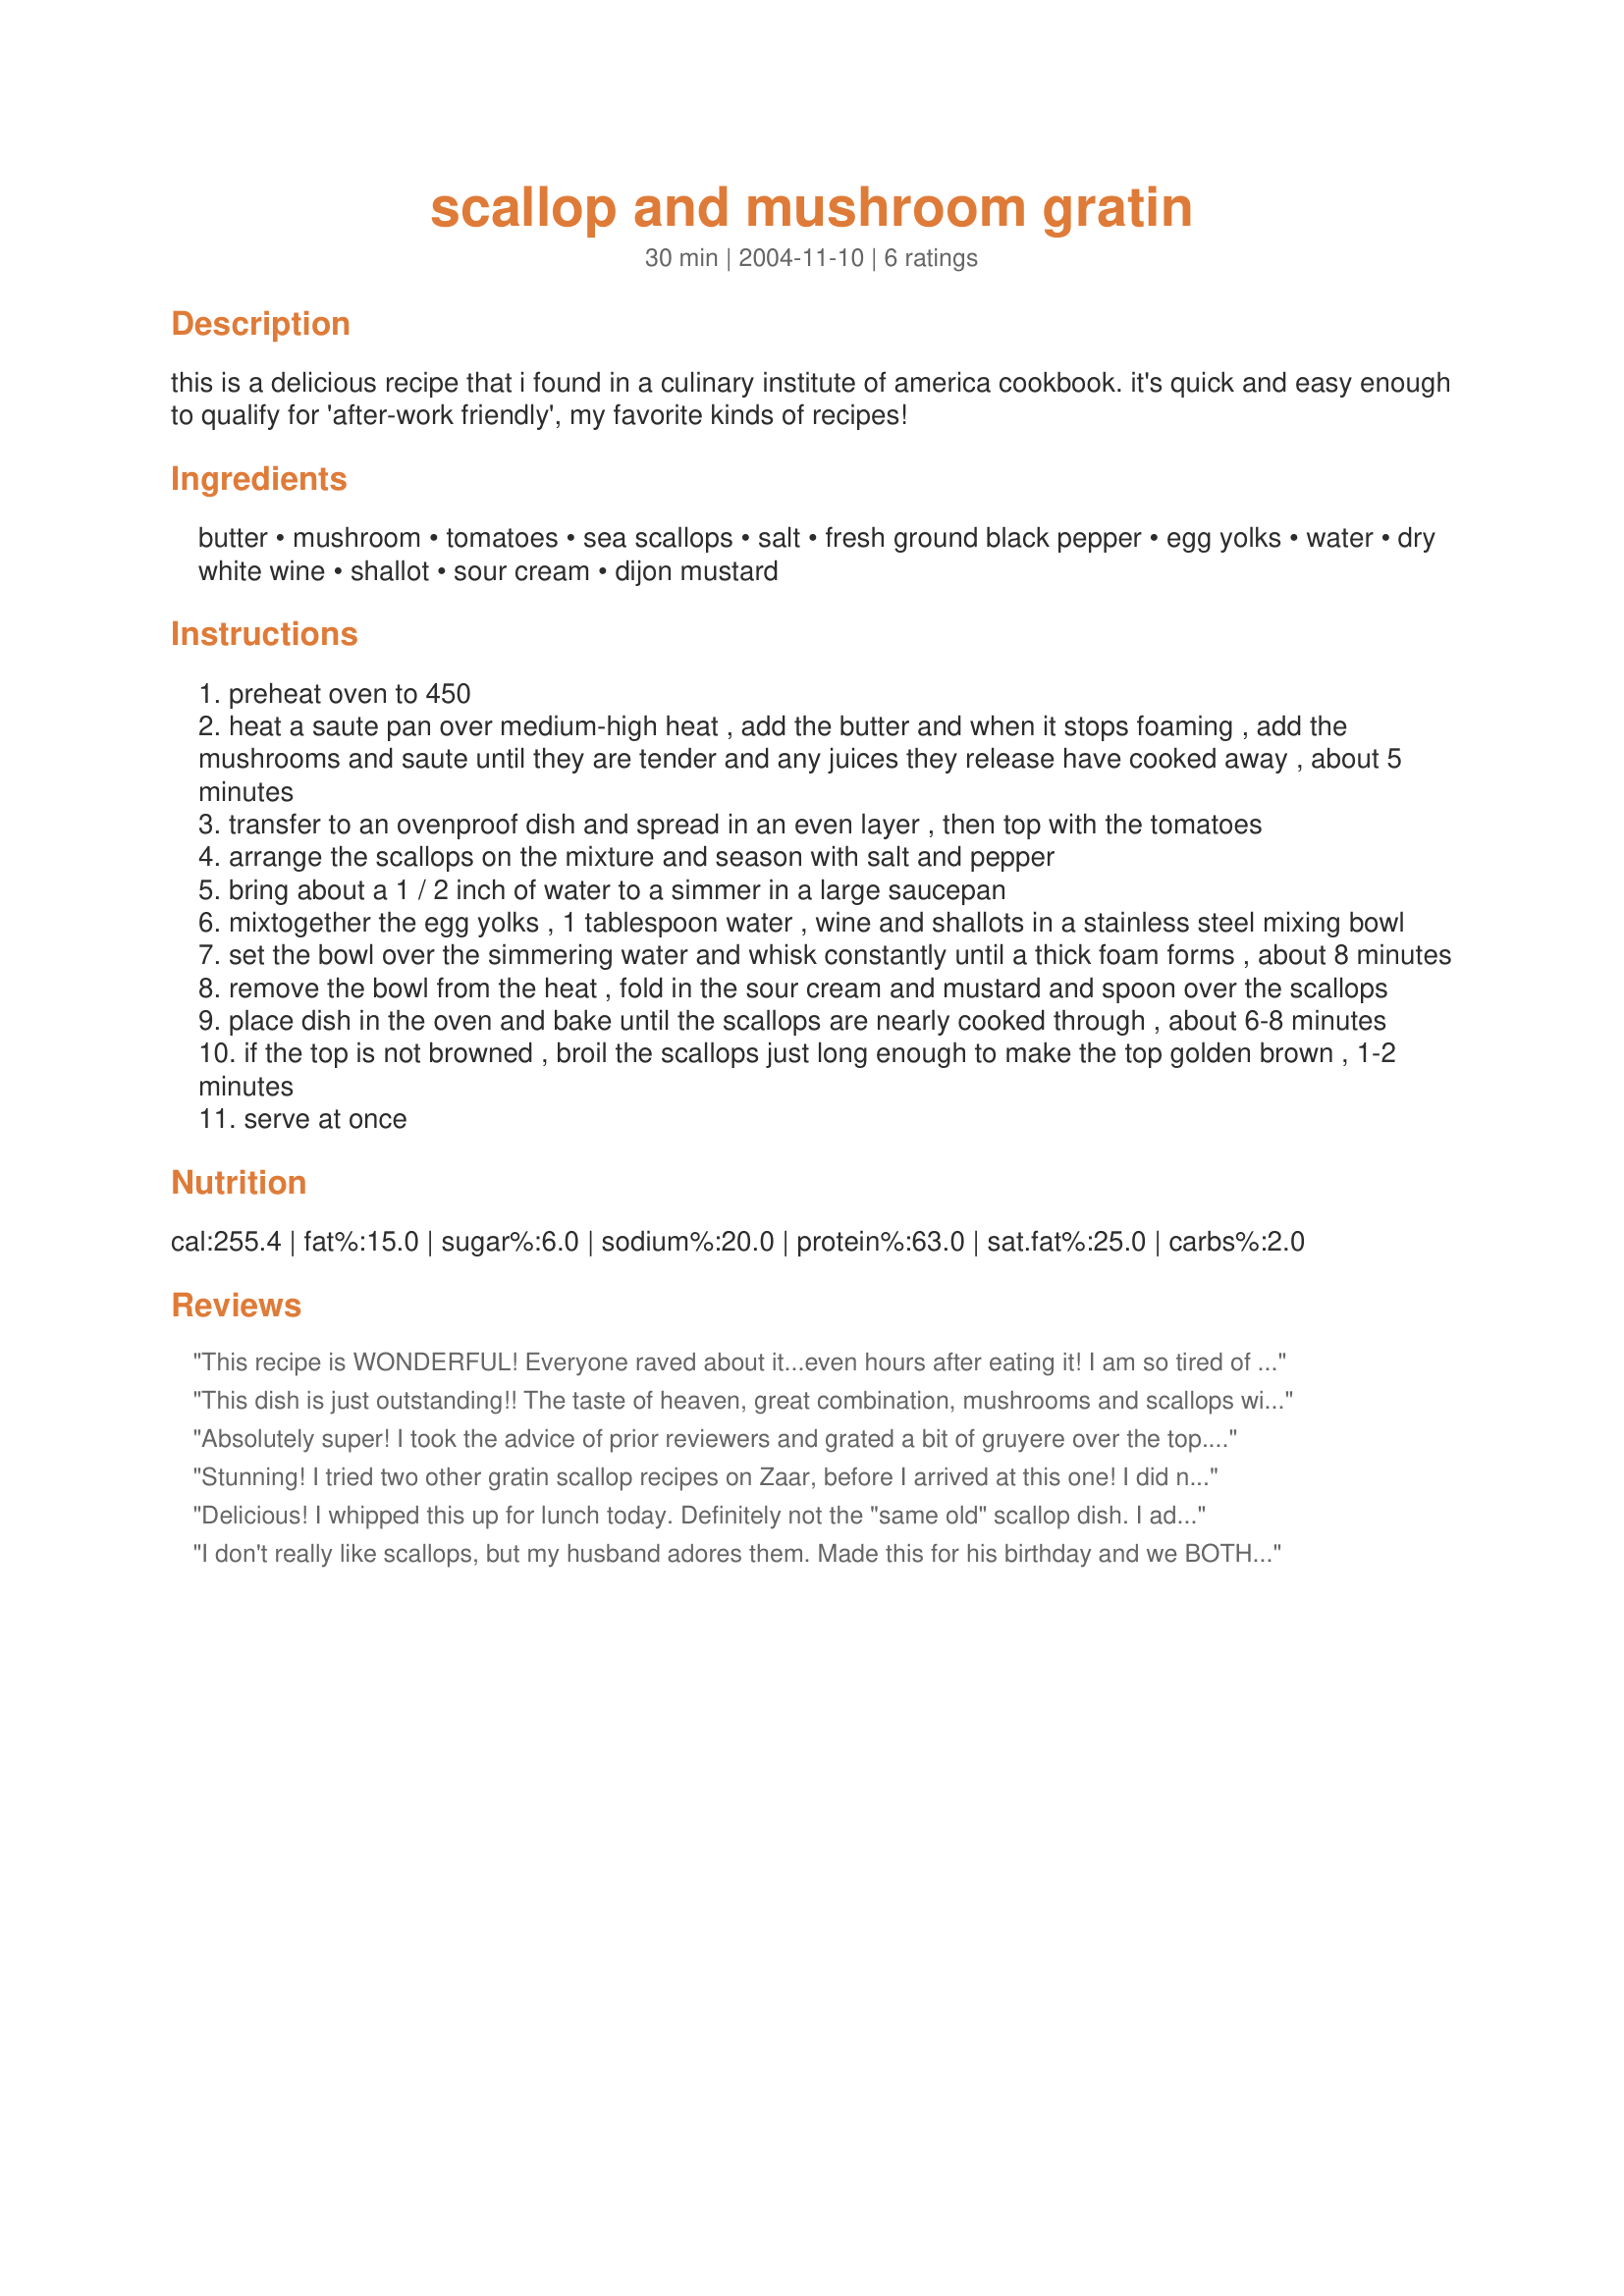
scallop and mushroom gratin
Preparation time: 30 minutes

this is a delicious recipe that i found in a culinary institute of america cookbook. it's quick and easy enough to qualify for 'after-work friendly', my favorite kinds of recipes!

Ingredients:
butter, mushroom, tomatoes, sea scallops, salt, fresh ground black pepper, egg yolks, water, dry white wine, shallot, sour cream, dijon mustard

Steps:
preheat oven to 450
heat a saute pan over medium-high heat , add the butter and when it stops foaming , add the mushrooms and saute until they are tender and any juices they release have cooked away , about 5 minutes
transfer to an ovenproof dish and spread in an even layer , then top with the tomatoes
arrange the scallops on the mixture and season with salt and pepper
bring about a 1 / 2 inch of water to a simmer in a large saucepan
mixtogether the egg yolks , 1 tablespoon water , wine and shallots in a stainless steel mixing bowl
set the bowl over the simmering water and whisk constantly until a thick foam forms , about 8 minutes
remove the bowl from the heat , fold in the sour cream and mustard and spoon over the scallops
place dish in the oven and bake until the scallops are nearly cooked through , about 6-8 minutes
if the top is not browned , broil the scallops just long enough to make the top golden brown , 1-2 minutes
serve at once

Reviews:
This recipe is WONDERFUL! Everyone raved about it...even hours after eating it! I am so tired of boring Scallop dishs....and this one is in no shape or form boring! When I saw it was from the Culinary Instititute of America - I HAD to try it.... amazing! Thank you so much for posting this jem of a recipe!!!
This dish is just outstanding!! The taste of heaven, great combination, mushrooms and scallops with the shallots, fresh tomato and garlic; the heavenly sauce!! I made it in separate overproof shell dishes, just 4 servings and did set them under the broiler for just 30 seconds. The timing was perfect, baked to perfection. Company had to take the recipe home.
We will be making this very special scallop dish again!! thanks for sharing a real keeper!
Absolutely super! I took the advice of prior reviewers and grated a bit of gruyere over the top. Also a bit of chopped parsley and diced tomato for garnish/color. Great dish!
Stunning! I tried two other gratin scallop recipes on Zaar, before I arrived at this one! I did not add my tomato to the gratin dish as I was serving these with a VERY large salad on the side.....and I did take advantage of previous reviews and added grated gruyere cheese to the top! I also added a wee bit of freshly chopped tarragon from the garden.....totally sublime and so easy to make for a VERY elegant luncheon dish for friends today! I made this in a large gratin dish and then just served it up on to the plates......this kept the gratin warmer before we arrived at seconds!! I garnished it with lemon and a chervil sprig....many thanks for such a wonderful dish. My scallops by the way, were SMALL button scallops - they were all I could get at the present time. FT :-)
Delicious! I whipped this up for lunch today. Definitely not the "same old" scallop dish. I added a bit of shredded asagio cheese. I will definitely make this again and again. Thanx for sharing!
I don't really like scallops, but my husband adores them. Made this for his birthday and we BOTH loved it. Delicious!!! I didn't have 3lb scallops, but made enough for a main course for two. Kept the sauce recipe the same, as I was serving with a rustic bread, which meant we had plenty of sauce to dip in. Divine!!! I also grated a wee bit of parmesan on top. Fantastic recipe - thanks for sharing!
